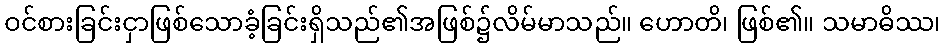
ဝင်စားခြင်းငှာဖြစ်သောခံ့ခြင်းရှိသည်၏အဖြစ်၌လိမ်မာသည်။ ဟောတိ၊ ဖြစ်၏။ သမာဓိဿ၊